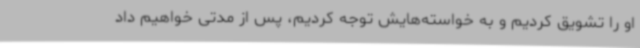
او را تشویق کردیم و به خواسته‌هایش توجه کردیم، پس از مدتی خواهیم داد